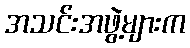
အသင်းအဖွဲ့များက